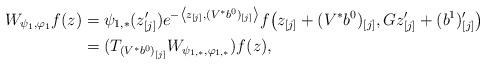
LaTeX: \begin{align*}W_{\psi_{1},\varphi_{1}}f(z) &= \psi_{1,*}(z'_{[j]})e^{-\left\langle z_{[j]}, (V^*b^0)_{[j]} \right\rangle} f\big(z_{[j]}+(V^*b^0)_{[j]}, Gz'_{[j]} + (b^1)'_{[j]}\big) \\& = (T_{(V^*b^0)_{[j]}} W_{\psi_{1,*},\varphi_{1,*}})f(z),\end{align*}